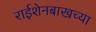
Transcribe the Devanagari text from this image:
राईशेनबाखच्या